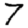
Digit: 7